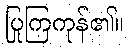
ပြုကြကုန်၏။